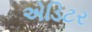
એડિટર